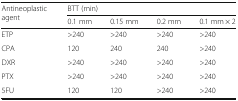
| <ROWSPAN=2> Antineoplastic agent | <COLSPAN=4> BTT (min) |
 | 0.1 mm | 0.15 mm | 0.2 mm | 0.1 mm × 2 |
 | --- | --- | --- | --- | --- |
 | ETP | >240 | >240 | >240 | >240 |
 | CPA | 120 | 240 | 240 | >240 |
 | DXR | >240 | >240 | >240 | >240 |
 | PTX | >240 | >240 | >240 | >240 |
 | 5FU | 120 | 120 | >240 | >240 |